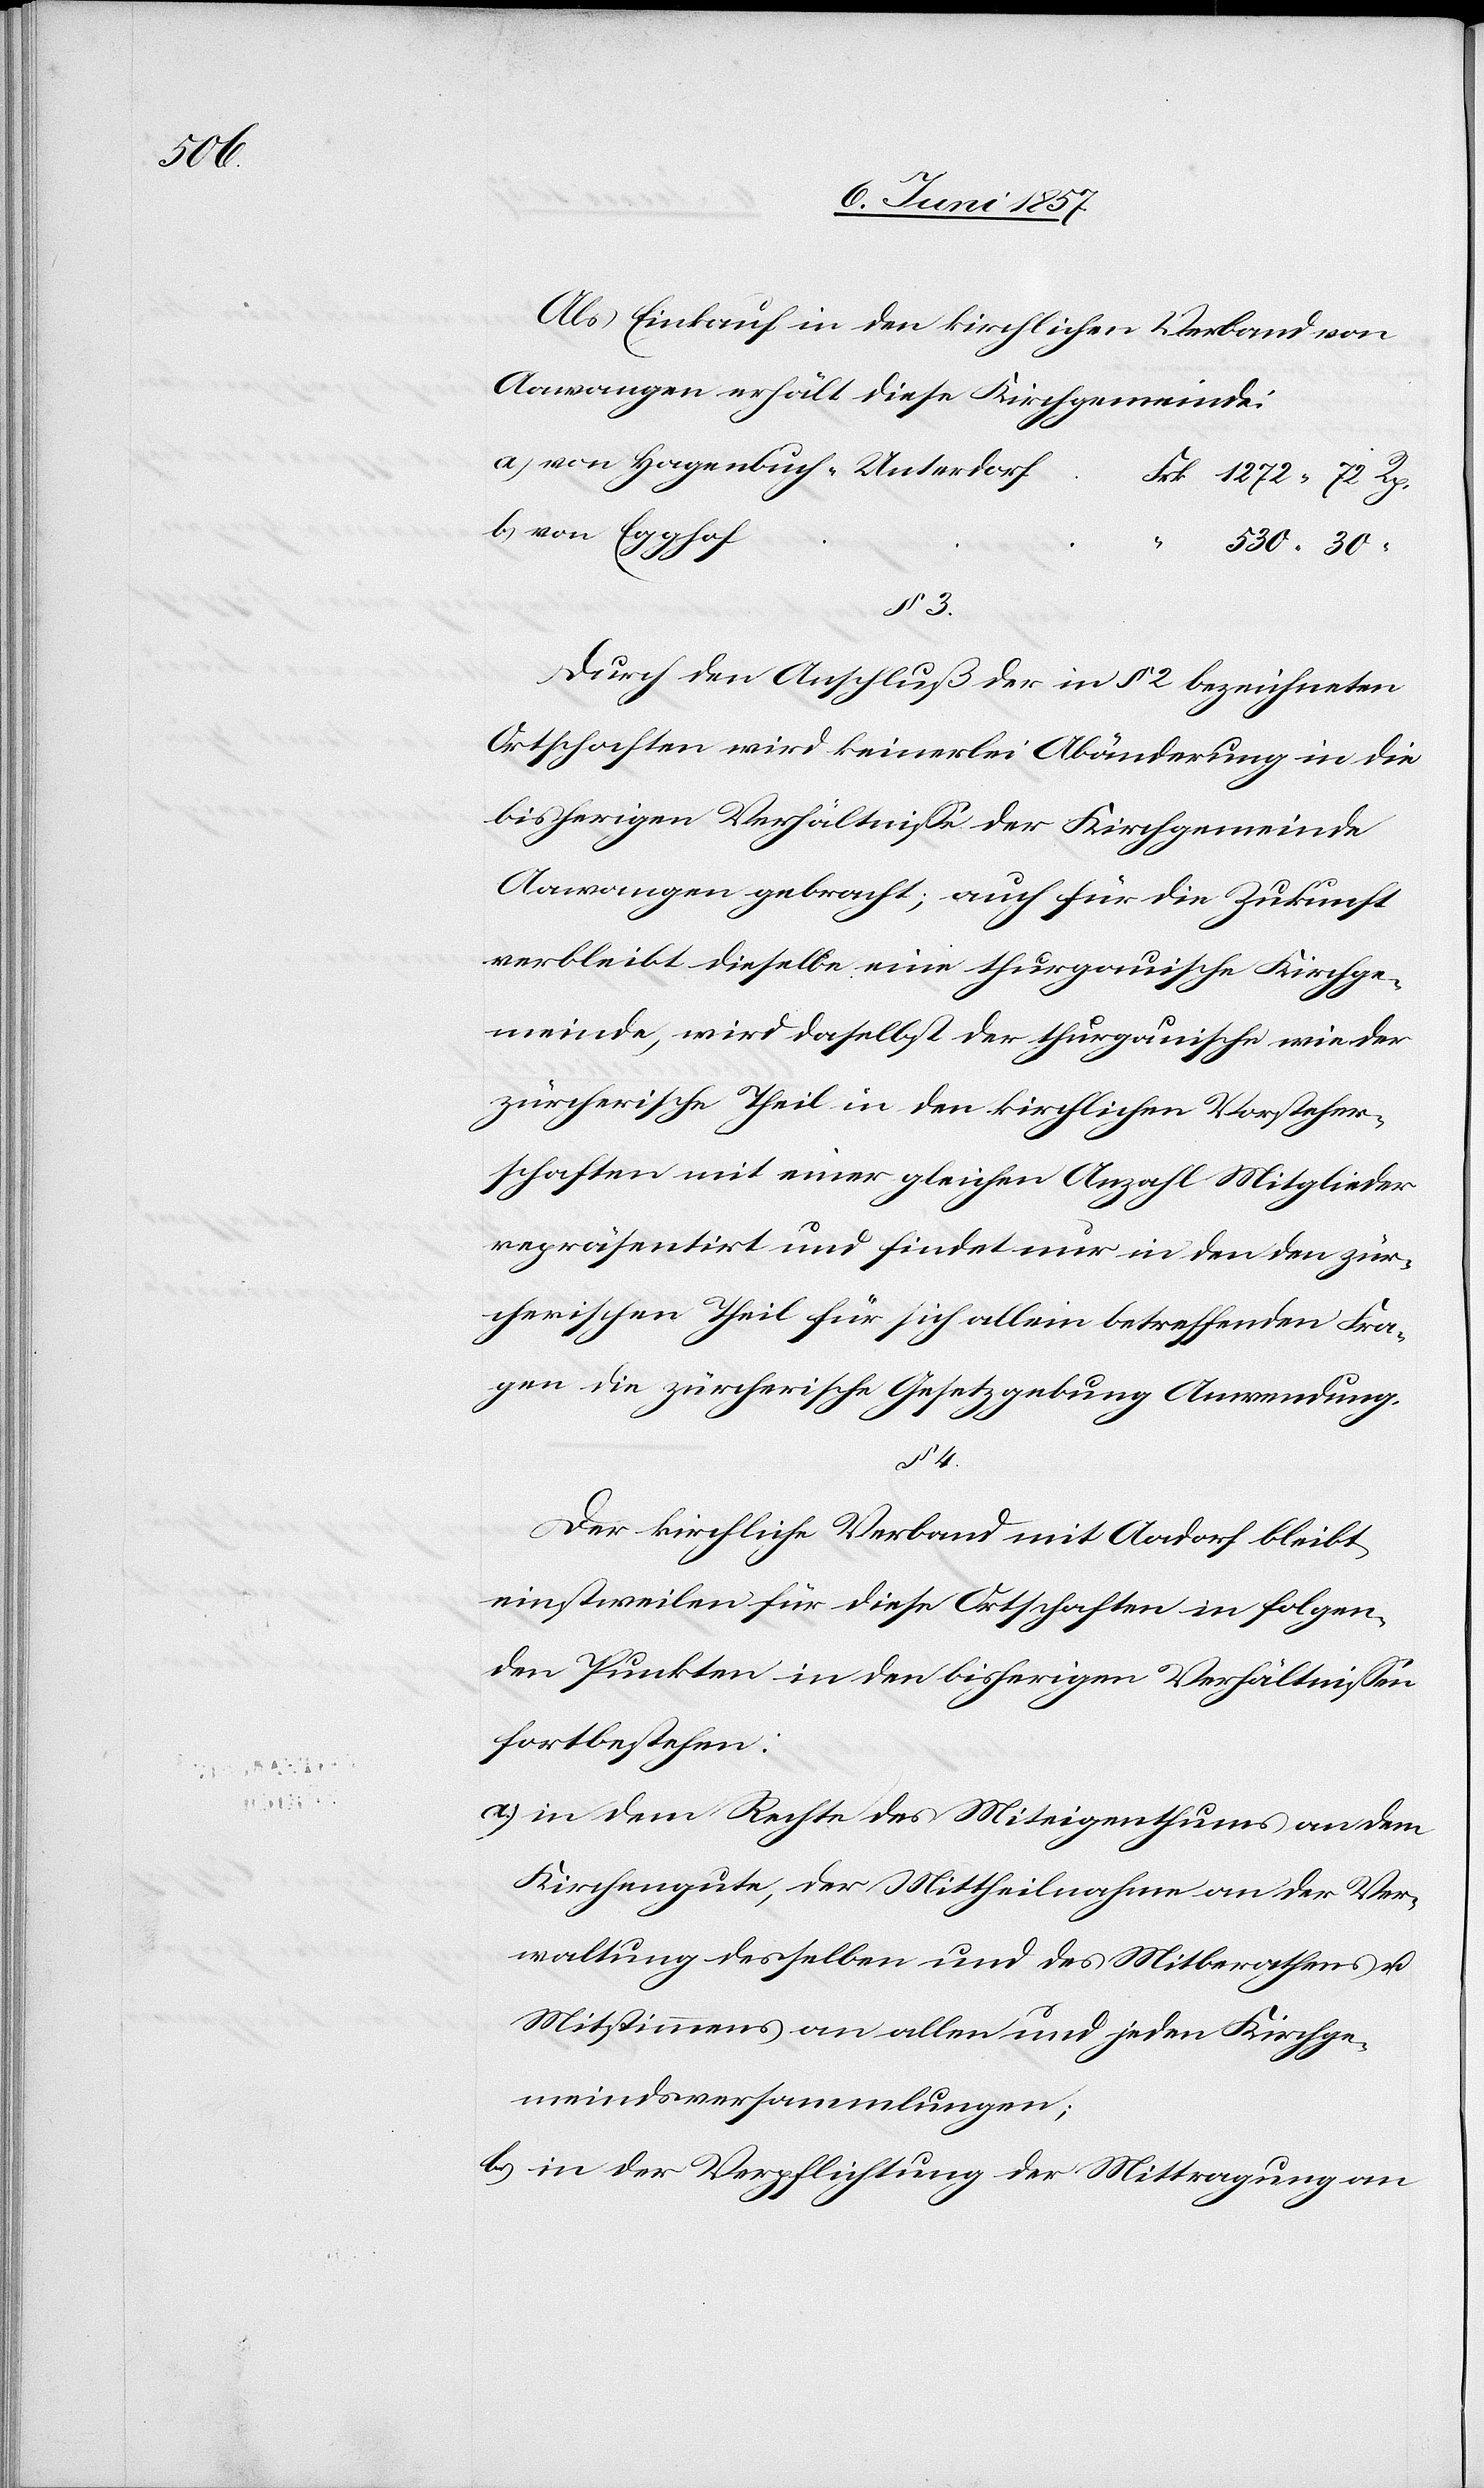
30

72 Rp.
b.)

Als Einkauf in den kirchlichen Verband von
Aawangen erhält diese Kirchgemeinde:
Durch den Anschluß der in § 2 bezeichneten
Ortschaften wird keinerlei Abänderung in die
bisherigen Verhältnisse der Kirchgemeinde
Aawangen gebracht; auch für die Zukunft
verbleibt dieselbe eine thurgauische Kirchge¬
meinde, wird daselbst der thurgauische wieder
zürcherische Theil in den kirchlichen Vorsteher¬
schaften mit einer gleichen Anzahl Mitglieder
repräsentirt und findet nur in den den zür¬
cherischen Theil für sich allein betreffenden Fra¬
gen die zürcherische Gesetzgebung Anwendung.
§ 4.
Der kirchliche Verband mit Aadorf bleibt
einstweilen für diese Ortschaften in folgen¬
den Punkten in den bisherigen Verhältnissen
fortbestehen:
a.) in dem Rechte des Miteigenthums an dem
Kirchengute, der Mittheilnahme an der Ver¬
waltung desselben und des Mitberathens &
Mitstimmens an allen und jeden Kirchge¬
meindeversammlungen;
b) in der Verpflichtung der Mittragung an